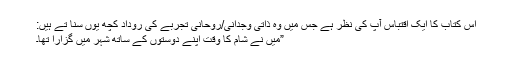
اس کتاب کا ایک اقتباس آپ کی نظر ہے جس میں وہ ذاتی وجدانی/روحانی تجربے کی روداد کچھ یوں سنا تے ہیں:
”میں نے شام کا وقت اپنے دوستوں کے ساتھ شہر میں گزارا تھا۔